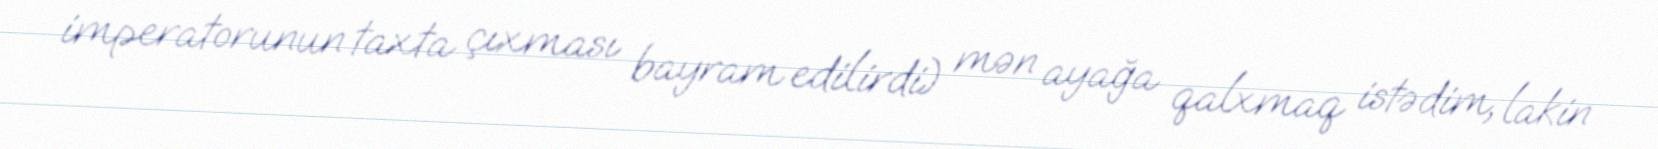
imperatorunun taxta çıxması bayram edilirdi) mən ayağa qalxmaq istədim, lakin